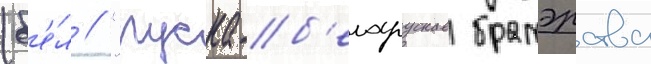
(б'е́л // "руска-б'еларускае братэрства